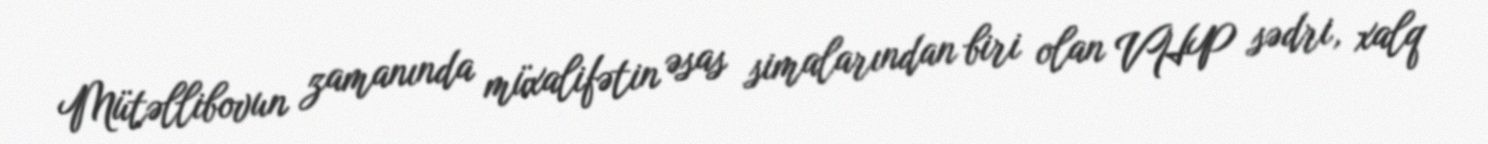
Mütəllibovun zamanında müxalifətin əsas simalarından biri olan VHP sədri, xalq